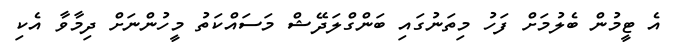
އެ ޓީމުން ބެލުމަށް ފަހު މިތަނުގައި ބަންގްލަދޭޝް މަސައްކަތު މީހުންނަށް ދިމާވާ އެކި